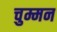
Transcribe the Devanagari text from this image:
चुम्मन